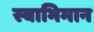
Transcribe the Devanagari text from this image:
स्‍वाभिमान